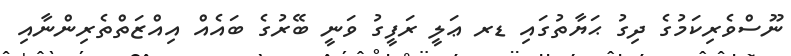
ނޫސްވެރިކަމުގެ ދިގު ޙަޔާތުގައި ޑރ ޢަލީ ރަފީގު ވަނީ ބޭރުގެ ބައެއް އިއްޒަތްތެރިންނާއި